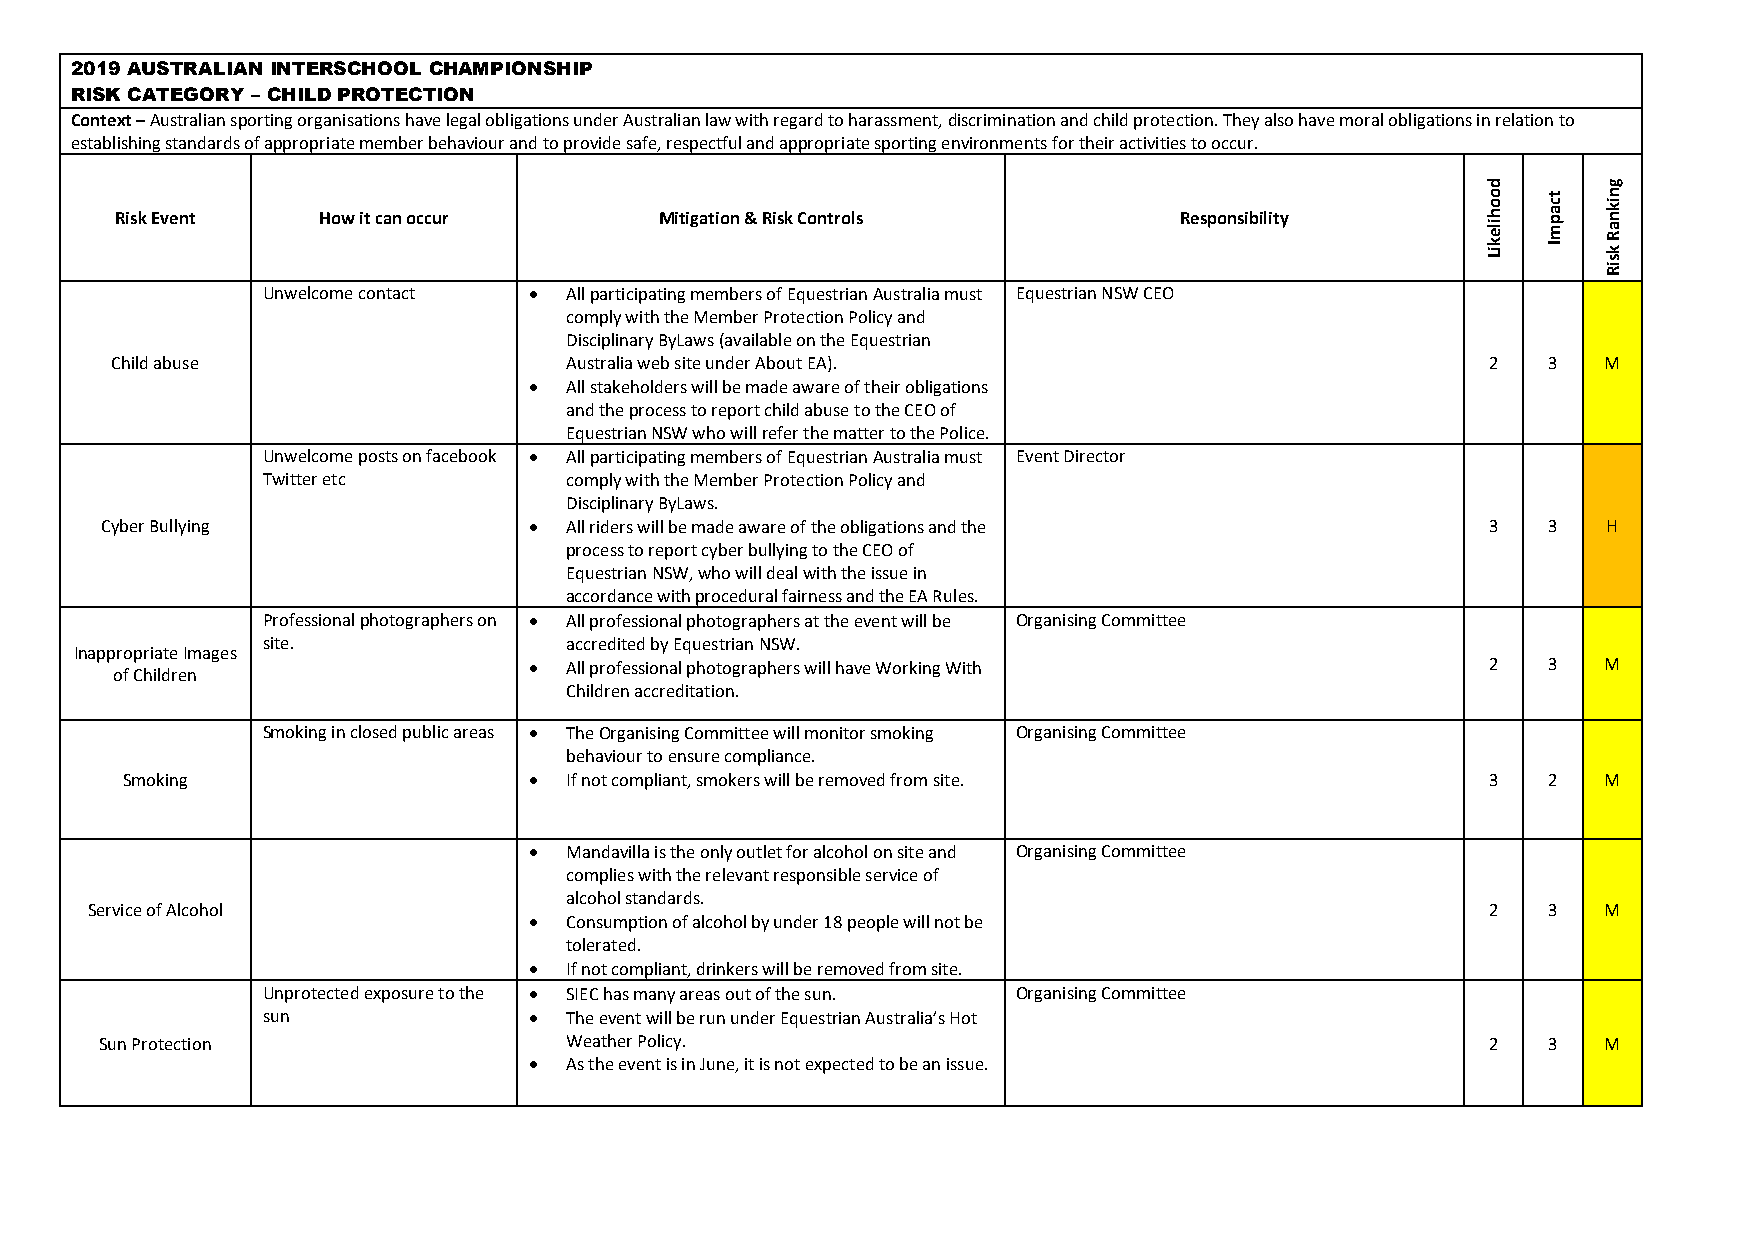
2019 AUSTRALIAN INTERSCHOOL CHAMPIONSHIP
 RISK CATEGORY – CHILD PROTECTION
 Context – Australian sporting organisations have legal obligations under Australian law with regard to harassment, discrimination and child protection. They also have moral obligations in relation to
 establishing standards of appropriate member behaviour and to provide safe, respectful and appropriate sporting environments for their activities to occur.
 d       g
 Risk Event   How it can occur       Mitigation & Risk Controls        Responsibility
 o o
 h ile
 t c
 a p m
 n ik
 n a R
 k iL I  k
 s
 iR
 Unwelcome contact • All participating members of Equestrian Australia must Equestrian NSW CEO
 comply with the Member Protection Policy and
 Disciplinary ByLaws (available on the Equestrian
 Child abuse                   Australia web site under About EA).                           2  3   M
 • All stakeholders will be made aware of their obligations
 and the process to report child abuse to the CEO of
 Equestrian NSW who will refer the matter to the Police.
 Unwelcome posts on facebook • All participating members of Equestrian Australia must Event Director
 Twitter etc         comply with the Member Protection Policy and
 Disciplinary ByLaws.
 Cyber Bullying              • All riders will be made aware of the obligations and the      3  3   H
 process to report cyber bullying to the CEO of
 Equestrian NSW, who will deal with the issue in
 accordance with procedural fairness and the EA Rules.
 Professional photographers on • All professional photographers at the event will be Organising Committee
 site.               accredited by Equestrian NSW.
 Inappropriate Images
 • All professional photographers will have Working With         2  3   M
 of Children
 Children accreditation.
 Smoking in closed public areas • The Organising Committee will monitor smoking Organising Committee
 behaviour to ensure compliance.
 Smoking                    • If not compliant, smokers will be removed from site.          3  2   M
 • Mandavilla is the only outlet for alcohol on site and Organising Committee
 complies with the relevant responsible service of
 alcohol standards.
 Service of Alcohol                                                                           2  3   M
 • Consumption of alcohol by under 18 people will not be
 tolerated.
 • If not compliant, drinkers will be removed from site.
 Unprotected exposure to the • SIEC has many areas out of the sun. Organising Committee
 sun               • The event will be run under Equestrian Australia’s Hot
 Sun Protection                Weather Policy.                                               2  3   M
 • As the event is in June, it is not expected to be an issue.